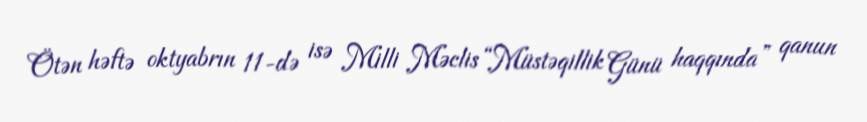
Ötən həftə oktyabrın 11-də isə Milli Məclis “Müstəqillik Günü haqqında” qanun